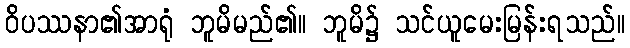
ဝိပဿနာ၏အာရုံ ဘူမိမည်၏။ ဘူမိ၌ သင်ယူမေးမြန်းရသည်။